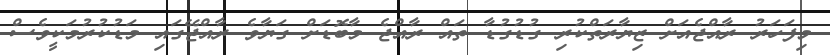
މިފަހަރު ރާއްޖެއަށް ޒިޔާރަތްކުރި ގުޑުގުޑާ ތައް ރާއްޖެ މާބޮޑަށް ގަޔާވެ ރާއްޖޭގައި މަޑުކުރުމަކީވެސް